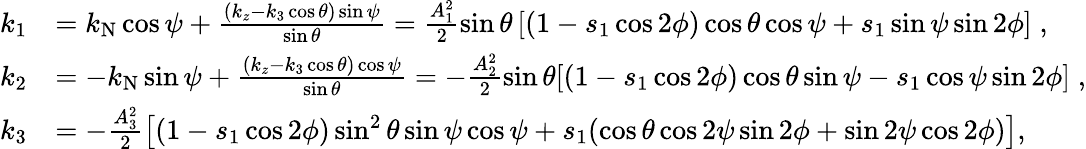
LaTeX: \begin{array}{rl}{k_{1}}&{=k_{\mathrm{N}}\cos\psi+\frac{(k_{z}-k_{3}\cos\theta)\sin\psi}{\sin\theta}=\frac{A_{1}^{2}}{2}\sin\theta\left[(1-s_{1}\cos 2\phi)\cos\theta\cos\psi+s_{1}\sin\psi\sin 2\phi\right]\; ,}\\ {k_{2}}&{=-k_{\mathrm{N}}\sin\psi+\frac{(k_{z}-k_{3}\cos\theta)\cos\psi}{\sin\theta}=-\frac{A_{2}^{2}}{2}\sin\theta[(1-s_{1}\cos 2\phi)\cos\theta\sin\psi-s_{1}\cos\psi\sin 2\phi]\; ,}\\ {k_{3}}&{=-\frac{A_{3}^{2}}{2}\left[(1-s_{1}\cos 2\phi)\sin^{2}{\theta}\sin{\psi}\cos\psi+s_{1}(\cos\theta\cos 2\psi\sin 2\phi+\sin 2\psi\cos 2\phi)\right],}\end{array}